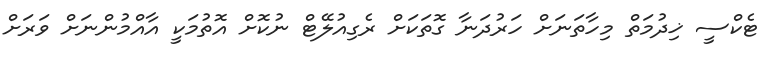
ޓެކްސީ ޚިދުމަތް މިހާތަނަށް ހަރުދަނާ ގޮތަކަށް ރެގިއުލޭޓް ނުކޮށް އޮތުމަކީ އާއްމުންނަށް ވަރަށް